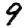
Digit: 9